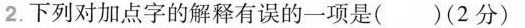
2.下列对加点字的解释有误的一项是( )(2分)